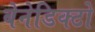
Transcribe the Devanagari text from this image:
बेनेडिक्टो